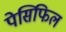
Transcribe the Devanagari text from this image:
पेसिफिल